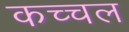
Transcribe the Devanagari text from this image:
कच्चल